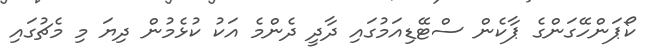
ކޯޕަންހޭގަންގެ ޕާކެން ސްޓޭޑިއަމުގައި ދާދީ ދެންމެ އަކު ކުޅެމުން ދިޔަ މި މެޗުގައި